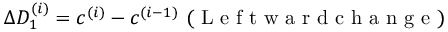
\Delta D _ { 1 } ^ { ( i ) } = c ^ { ( i ) } - c ^ { ( i - 1 ) } \mathrm { ~ ( ~ L ~ e ~ f ~ t ~ w ~ a ~ r ~ d ~ c ~ h ~ a ~ n ~ g ~ e ~ ) ~ }